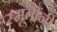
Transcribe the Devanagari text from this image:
स्मृतींनी